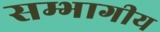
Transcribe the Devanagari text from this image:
सम्भागीय